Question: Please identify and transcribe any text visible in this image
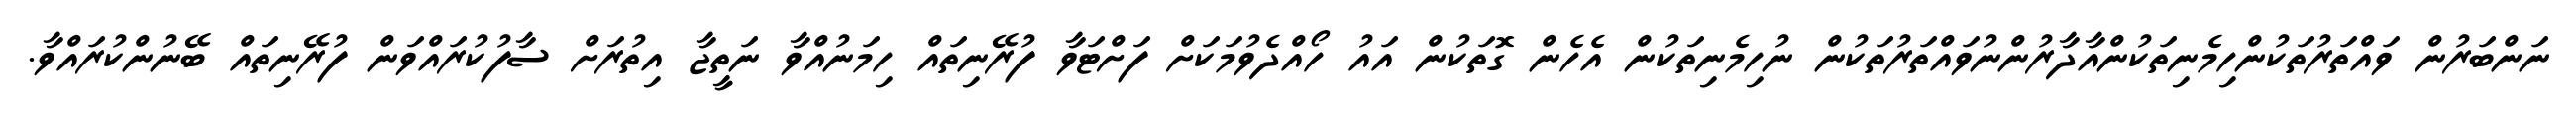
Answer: ނަންބަރުން ވައްތަރުތަކުންހިމެނިތަކުންއާދާރުންނުވައްތަރުތަކުން ނުހިމެނިތަކުން އެހެން ގޮތަކުން އައު ހޯއްދެވުމަކަށް ފަށްޓަވާ ފުރޭނިތައް ހިމަނުއްވާ ނަތީޖާ އިތުރަށް ސާފުކުރައްވަން ފުރޭނިތައް ބޭނުންކުރައްވާ.